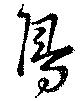
鳥